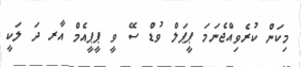
މިކަން ކުރެވިއްޖެނަމަ ޕީޕަލް ވުޑް ސޭ ވީ ޕީޕީއެމް އާރ ދަ ލަކީ